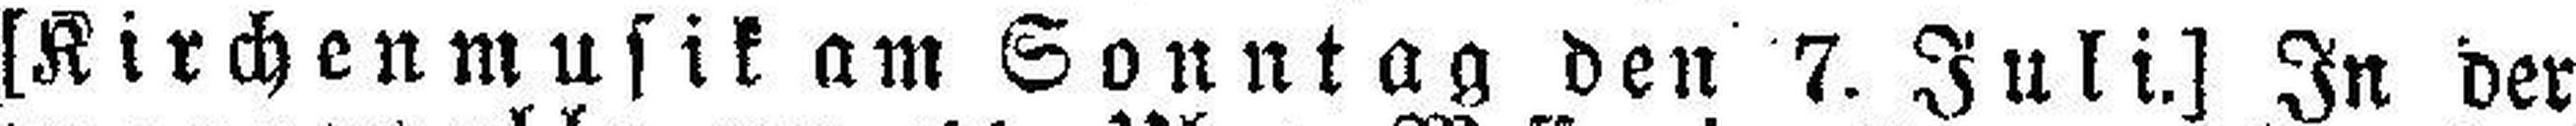
[Kirchenmusik am Sonntag den 7. Juli.] In der